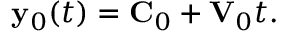
\begin{array} { r } { { \bf y } _ { 0 } ( t ) = { \bf C } _ { 0 } + { \bf V } _ { 0 } t . } \end{array}